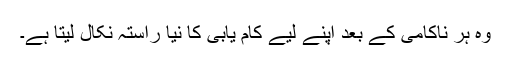
وہ ہر ناکامی کے بعد اپنے لیے کام یابی کا نیا راستہ نکال لیتا ہے۔